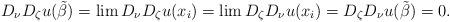
LaTeX: \begin{align*}D_{\nu}D_{\zeta}u(\tilde{\beta})=\lim D_{\nu}D_{\zeta}u(x_{i})=\lim D_{\zeta}D_{\nu}u(x_{i})=D_{\zeta}D_{\nu}u(\tilde{\beta})=0.\end{align*}